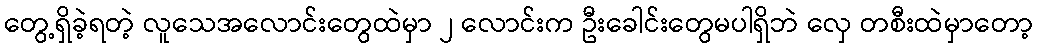
တွေ့ရှိခဲ့ရတဲ့ လူသေအလောင်းတွေထဲမှာ ၂ လောင်းက ဦးခေါင်းတွေမပါရှိဘဲ လှေ တစီးထဲမှာတော့